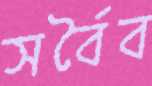
সর্বৈব